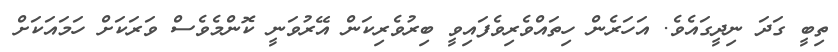
ތިބީ ގަދަ ނިދީގައެވެ. އަހަރެން ހިތައްވެރިވެފައިވީ ބިރުވެރިކަން އޭރުވަނީ ކޮންމެވެސް ވަރަކަށް ހަމައަކަށް